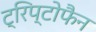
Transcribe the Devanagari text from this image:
ट्रिप्टोफैन